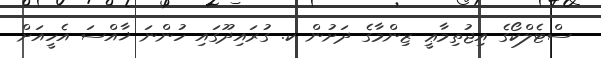
ސްޓެލްކޯގެ އިޖުތިމާޢީ ޒިންމާގެ ދަށުން ކ. ގުރައިދޫގައި ހުންނަ ޚާއްސަ އެހީއަށް